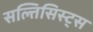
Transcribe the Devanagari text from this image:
सल्तिसिस्ट्स